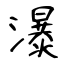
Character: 瀑